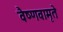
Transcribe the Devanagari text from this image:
वैष्णवामृते